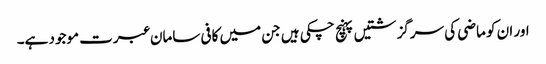
اور ان کو ماضی کی سرگزشتیں پہنچ چکی ہیں جن میں کافی سامان عبرت موجود ہے۔